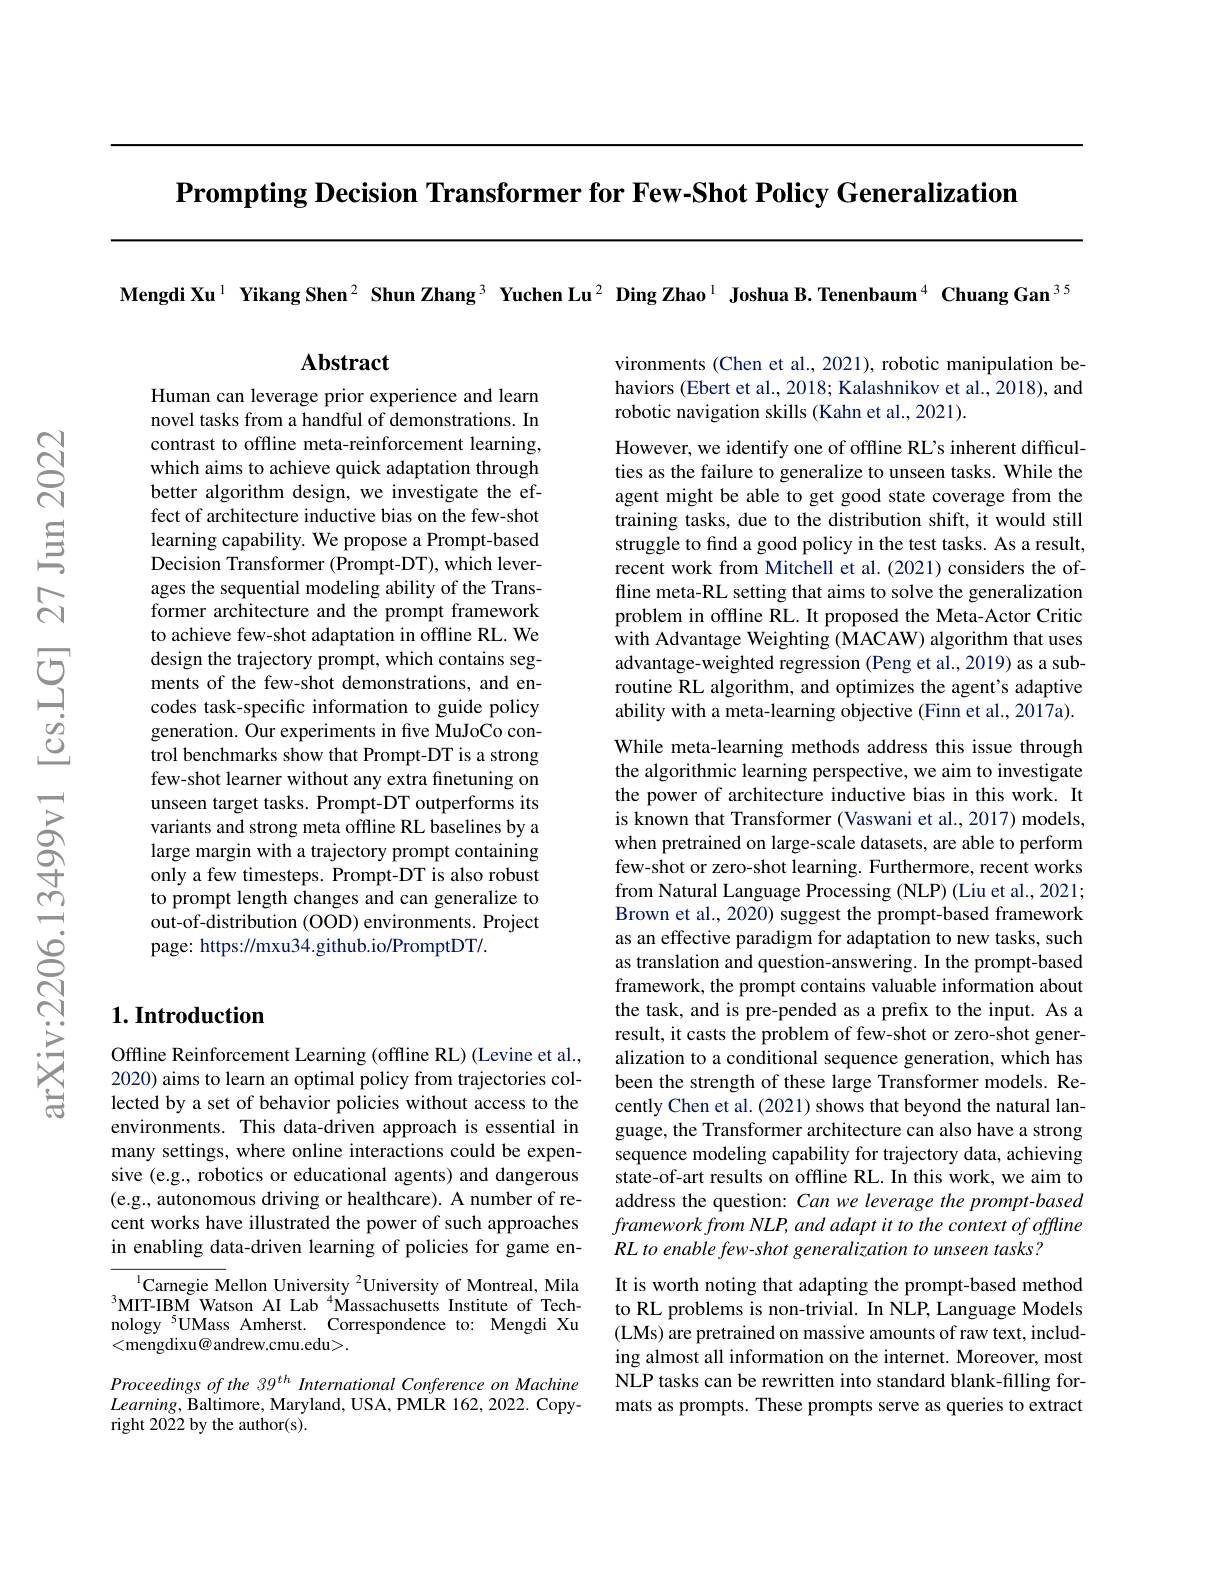
$\textbf{Prompting Decision Transformer for Few- Shot Policy Generalization}$

Mengdi Xu$^{1}$ Yikang Shen$^{2}$ Shun Zhang$^{3}$ Yuchen Lu$^{2}$ Ding Zhao$^{1}$ Joshua B.Tenenbaum$^{4}$ Chuang Gan$^{35}$

## $\mathbf{Abstract}$

vironments (Chen et al., 2021), robotic manipulation behaviors (Ebert et al., 2018; Kalashnikov et al., 2018), and robotic navigation skills (Kahn et al., 2021).

Human can leverage prior experience and learn novel tasks from a handful of demonstrations. In contrast to offline meta-reinforcement learning, which aims to achieve quick adaptation through better algorithm design, we investigate the effect of architecture inductive bias on the few-shot learning capability. We propose a Prompt-based Decision Transformer (Prompt-DT), which leverages the sequential modeling ability of the Transformer architecture and the prompt framework to achieve few-shot adaptation in offline RL. We design the trajectory prompt, which contains segments of the few-shot demonstrations, and encodes task-specific information to guide policy generation. Our experiments in five MuJoCo control benchmarks show that Prompt-DT is a strong few-shot learner without any extra finetuning on unseen target tasks. Prompt-DT outperforms its variants and strong meta offline RL baselines by a large margin with a trajectory prompt containing only a few timesteps. Prompt-DT is also robust to prompt length changes and can generalize to out-of-distribution (OOD) environments. Project page: https://mxu34.github.io/PromptDT/.

However, we identify one of offline RL's inherent difficulties as the failure to generalize to unseen tasks. While the agent might be able to get good state coverage from the training tasks, due to the distribution shift, it would still struggle to find a good policy in the test tasks. As a result, recent work from Mitchell et al.(2021) considers the offline meta-RL setting that aims to solve the generalization problem in offline RL. It proposed the Meta-Actor Critic with Advantage Weighting (MACAW) algorithm that uses advantage-weighted regression (Peng et al., 2019) as a subroutine RL algorithm, and optimizes the agent's adaptive ability with a meta-learning objective (Finn et al., 2017a). While meta-learning methods address this issue through the algorithmic learning perspective, we aim to investigate the power of architecture inductive bias in this work. It is known that Transformer (Vaswani et al., 2017) models, when pretrained on large-scale datasets, are able to perform few-shot or zero-shot learning. Furthermore, recent works from Natural Language Processing (NLP) (Liu et al., 2021; Brown et al., 2020) suggest the prompt-based framework as an effective paradigm for adaptation to new tasks, such as translation and question-answering. In the prompt-based framework, the prompt contains valuable information about the task, and is pre-pended as a prefix to the input. As a result, it casts the problem of few-shot or zero-shot generalization to a conditional sequence generation, which has been the strength of these large Transformer models. Recently Chen et al. (2021) shows that beyond the natural language, the Transformer architecture can also have a strong sequence modeling capability for trajectory data, achieving state-of-art results on offline RL. In this work, we aim to address the question: Can we leverage the prompt-based $frameworkfromNLP,andadaptittothecontextofofftine$ RL to enable few-shot generalization to unseen tasks?
It is worth noting that adapting the prompt-based method to RL problems is non-trivial. In NLP, Language Models (LMs) are pretrained on massive amounts of raw text, including almost all information on the internet. Moreover, most NLP tasks can be rewritten into standard blank-filling for-

## $1. \textbf{Introduction}$

Offline Reinforcement Learning (offline RL) (Levine et al., 2020) aims to learn an optimal policy from trajectories collected by a set of behavior policies without access to the environments. This data-driven approach is essential in many settings, where online interactions could be expensive (e.g., robotics or educational agents) and dangerous (e.g., autonomous driving or healthcare). A number of recent works have illustrated the power of such approaches in enabling data-driven learning of policies for game en-

$^{\mathrm{l}}$Carnegie Mellon University $^2$University of Montreal, Mila $^{3}$MIT-IBM Watson AI Lab$^{4}$Massachusetts Institute of Technology $^{5}$UMass Amherst. Correspondence to: Mengdi Xu <mengdixu@ andrew.cmu.edu>.

mats as prompts. These prompts serve as queries to extract

Proceedings of the 39$^{th}$ International Conference on Machine $Learning$, Baltimore, Maryland, USA, PMLR 162, 2022. Copyright 2022 by the author(s).